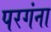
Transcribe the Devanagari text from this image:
परगंना